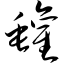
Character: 罐